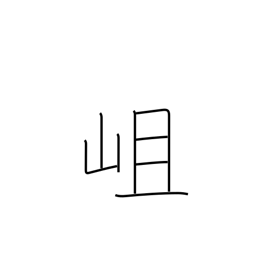
Meaning: a rocky mountain